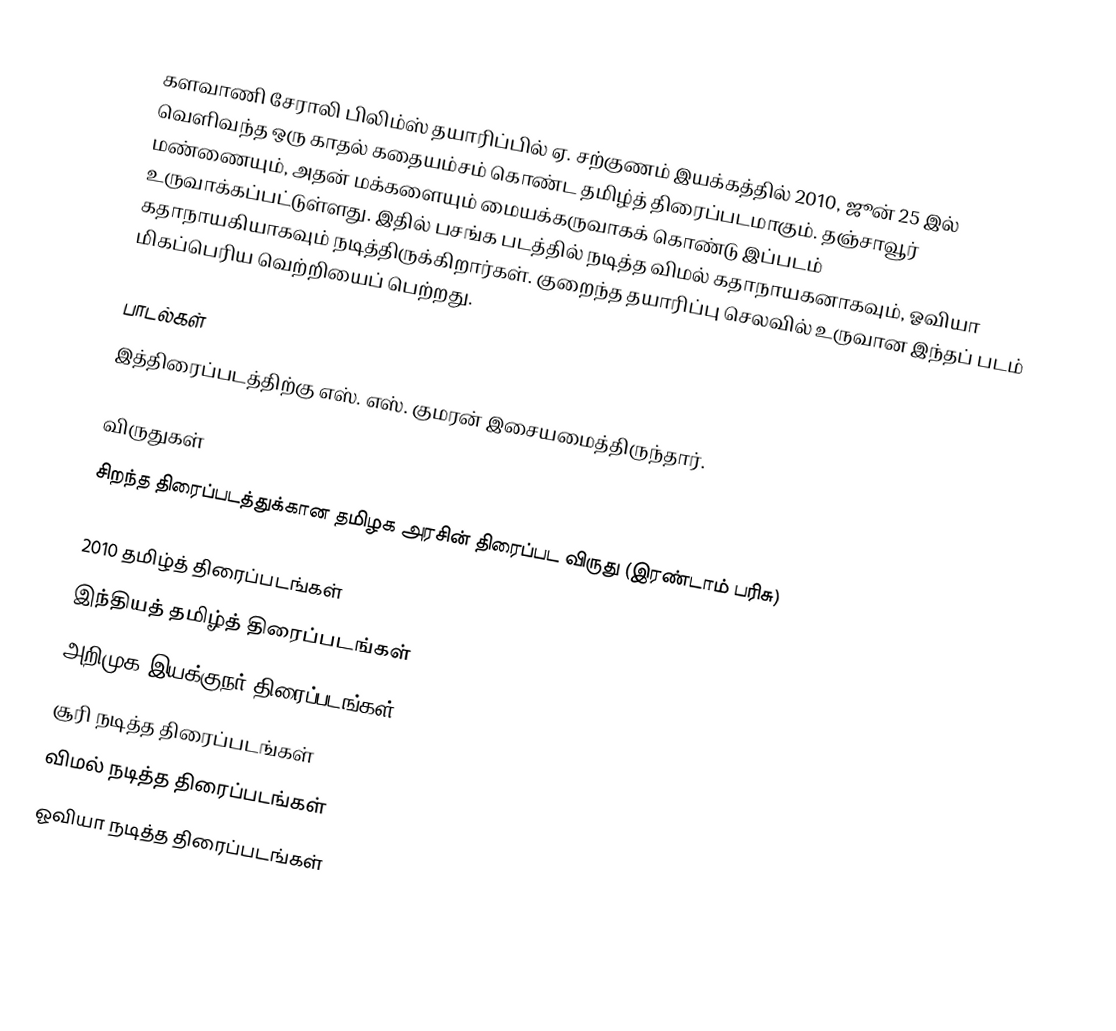
களவாணி சேராலி பிலிம்ஸ் தயாரிப்பில் ஏ. சற்குணம் இயக்கத்தில் 2010, ஜூன் 25 இல் வெளிவந்த ஒரு காதல் கதையம்சம் கொண்ட தமிழ்த் திரைப்படமாகும். தஞ்சாவூர் மண்ணையும், அதன் மக்களையும் மையக்கருவாகக் கொண்டு இப்படம் உருவாக்கப்பட்டுள்ளது. இதில் பசங்க படத்தில் நடித்த விமல் கதாநாயகனாகவும், ஓவியா கதாநாயகியாகவும் நடித்திருக்கிறார்கள். குறைந்த தயாரிப்பு செலவில் உருவான இந்தப் படம் மிகப்பெரிய வெற்றியைப் பெற்றது.

பாடல்கள்
இத்திரைப்படத்திற்கு எஸ். எஸ். குமரன் இசையமைத்திருந்தார்.

விருதுகள்
 சிறந்த திரைப்படத்துக்கான தமிழக அரசின் திரைப்பட விருது (இரண்டாம் பரிசு)

2010 தமிழ்த் திரைப்படங்கள்
இந்தியத் தமிழ்த் திரைப்படங்கள்
அறிமுக இயக்குநர் திரைப்படங்கள்
சூரி நடித்த திரைப்படங்கள்
விமல் நடித்த திரைப்படங்கள்
ஓவியா நடித்த திரைப்படங்கள்